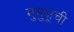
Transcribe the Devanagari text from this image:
मुमुक्षूची